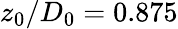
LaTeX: z_{0}/D_{0}=0.875